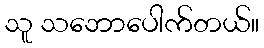
သူ သဘောပေါက်တယ်။